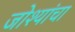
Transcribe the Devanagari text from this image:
जोश्यांचा